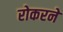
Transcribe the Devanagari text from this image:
रोकरने